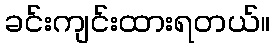
ခင်းကျင်းထားရတယ်။